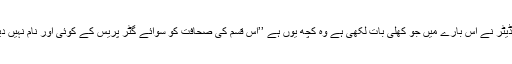
جریدے کے اٰیڈیٹر نے اس بارے میں جو کھلی بات لکھی ہے وہ کچھ یوں ہے ’’اس قسم کی صحافت کو سوائے گٹر پریس کے کوئی اور نام نہیں دیاجاسکتاہے ‘‘۔